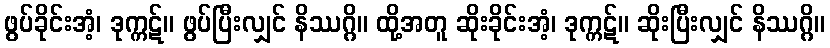
ဖွပ်ခိုင်းအံ့၊ ဒုက္ကဋ်။ ဖွပ်ပြီးလျှင် နိဿဂ္ဂိ။ ထို့အတူ ဆိုးခိုင်းအံ့၊ ဒုက္ကဋ်။ ဆိုးပြီးလျှင် နိဿဂ္ဂိ။